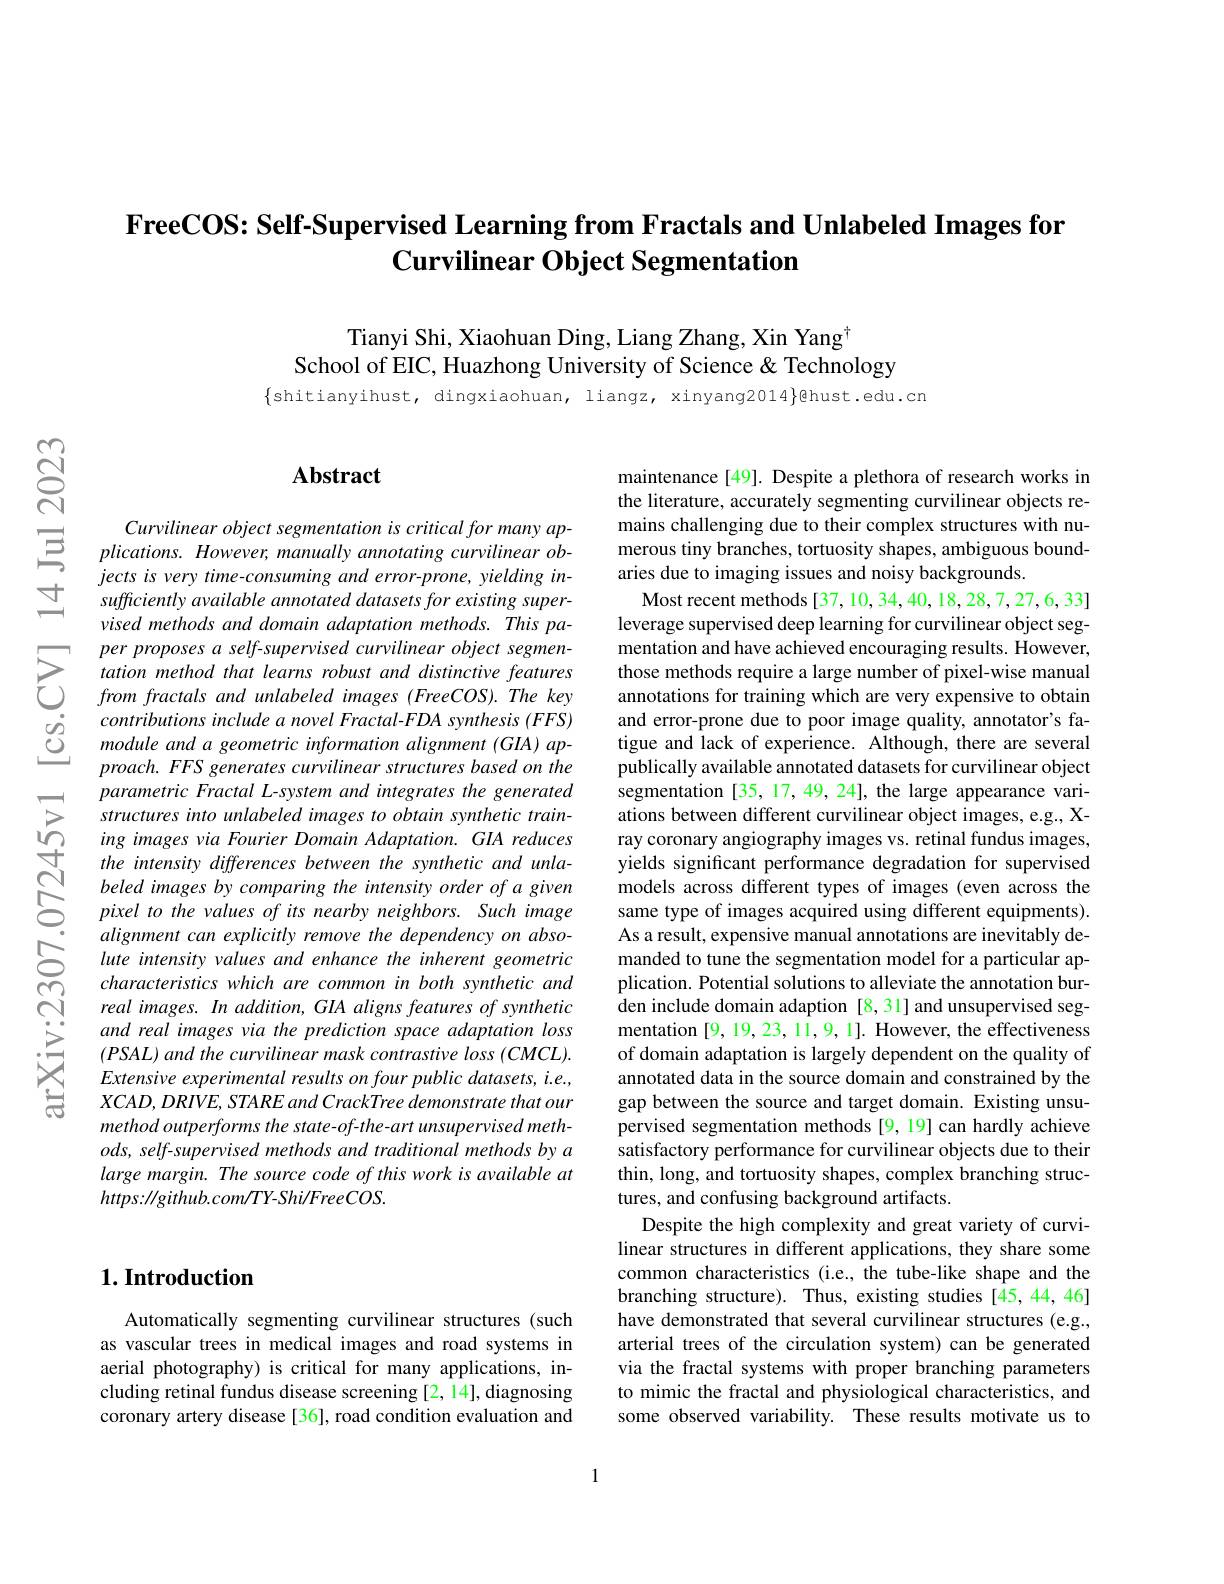
# $\textbf{FreeCOS: Self- Supervised Learning from Fractals and Unlabeled Images for}$ $\textbf{Curvilinear Object Segmentation}$

Tianyi Shi, Xiaohuan Ding, Liang Zhang, Xin Yang$^{\dagger}$
School of EIC, Huazhong University of Science & Technology

## $\mathbf{Abstract}$

Curvilinear object segmentation is critical for many ap- $plications.However,manuallyannotatingcurvilinearob-$ $jects~is~very~time-consuming~and~error-prone,~yielding~in-$ sufficiently available annotated datasets for existing supervised methods and domain adaptation methods. This paper proposes a self-supervised curvilinear object segmentation method that learns robust and distinctive features from fractals and unlabeled images (FreeCOS).The key contributions include a novel Fractal-FDA synthesis (FFS) module and a geometric information alignment (GIA) ap- $proach.FFS$ generates curvilinear structures based on the parametric Fractal L-system and integrates the generated structures into unlabeled images to obtain synthetic training images via Fourier Domain Adaptation. GIA reduces the intensity differences between the synthetic and unlabeled images by comparing the intensity order of a given pixel to the values of its nearby neighbors. Such image alignment can explicitly remove the dependency on absolute intensity values and enhance the inherent geometric characteristics which are common in both synthetic and real images. In addition, GIA aligns features of synthetic and real images via the prediction space adaptation loss $(PSAL)$ and the curvilinear mask contrastive loss (CMCL). Extensive experimental results on four public datasets, i.e., $XCAD,DRIVE,STAREand$ CrackTree demonstrate that our method outperforms the state- of- the- art unsupervised meth- $ods,self-supervised$ methods and traditional methods by a large margin. The source code of this work is available at $https://github.com/TY-Shi/FreeCOS.$

## $1. \textbf{Introduction}$

Automatically segmenting curvilinear structures (such as vascular trees in medical images and road systems in aerial photography) is critical for many applications, including retinal fundus disease screening [2, 14], diagnosing coronary artery disease [36], road condition evaluation and

maintenance [49]. Despite a plethora of research works in the literature, accurately segmenting curvilinear objects remains challenging due to their complex structures with numerous tiny branches, tortuosity shapes, ambiguous boundaries due to imaging issues and noisy backgrounds.

Most recent methods [37, 10, 34, 40, 18, 28, 7, 27, 6, 33] leverage supervised deep learning for curvilinear object segmentation and have achieved encouraging results. However, those methods require a large number of pixel-wise manual annotations for training which are very expensive to obtain and error-prone due to poor image quality, annotator's fatigue and lack of experience. Although, there are several publically available annotated datasets for curvilinear object segmentation [35, 17, 49, 24], the large appearance variations between different curvilinear object images, e.g., Xray coronary angiography images vs. retinal fundus images, yields significant performance degradation for supervised models across different types of images (even across the same type of images acquired using different equipments). As a result, expensive manual annotations are inevitably demanded to tune the segmentation model for a particular application. Potential solutions to alleviate the annotation bur- $\hat{\text{den include domain adaption[8,31]and unsupervised seg-}}$ mentation [9, 19, 23, 11, 9, 1]. However, the effectiveness of domain adaptation is largely dependent on the quality of annotated data in the source domain and constrained by the gap between the source and target domain. Existing unsupervised segmentation methods [9,19] can hardly achieve satisfactory performance for curvilinear objects due to their thin, long, and tortuosity shapes, complex branching structures, and confusing background artifacts.
Despite the high complexity and great variety of curvilinear structures in different applications, they share some common characteristics (i.e., the tube-like shape and the branching structure). Thus, existing studies [45,44,46] have demonstrated that several curvilinear structures (e.g., arterial trees of the circulation system) can be generated via the fractal systems with proper branching parameters to mimic the fractal and physiological characteristics, and some observed variability. These results motivate us to

1